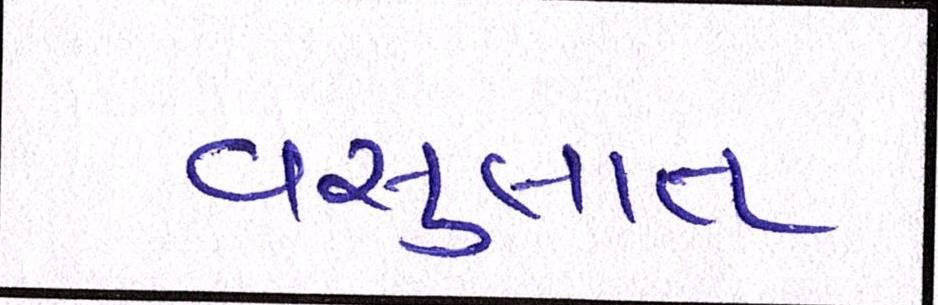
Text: વસુલાત